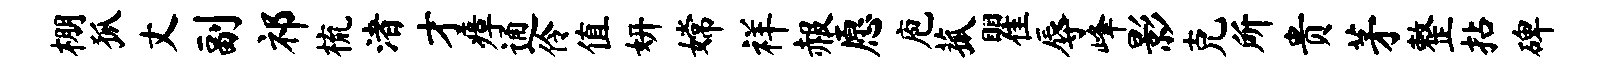
棚狐丈副祁梳渚才瘴通伶值妍嫦祥赧愿庖菰瞿辱峰影克所贵茅整拈碑